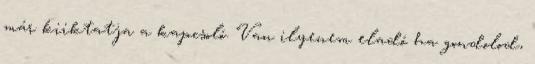
már kiiktatja a kapcsoló. Van ilyenem eladó ha gondolod,